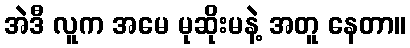
အဲဒီ လူက အမေ မုဆိုးမနဲ့ အတူ နေတာ။